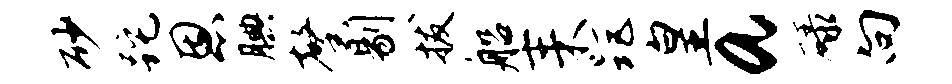
砂跎恩腆馨剔拔船耒距皇a碌向